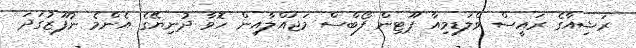
ރަޝިއާގެ ރައީސް ވްލަޑިމިއާ ޕޫޓިން ފޯބްސް މަޖައްލާއިން ހޮވާ ދުނިޔޭގެ އެންމެ ނުފޫޒުގަދަ